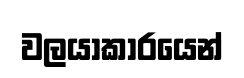
වලයාකාරයෙන්